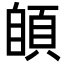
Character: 䫁